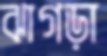
ঝাগড়া